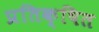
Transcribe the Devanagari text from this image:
प्रतिक्षित